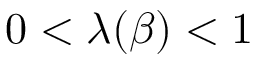
0 < \lambda ( \beta ) < 1